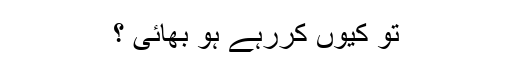
تو کیوں کررہے ہو بھائی ؟